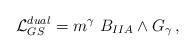
LaTeX: \begin{align*}{\cal L}_{GS}^{dual}=m^\gamma ~B_{IIA}\wedge G_\gamma\, ,\end{align*}